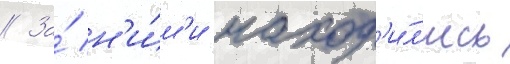
// За́ н'и́м'и наход'и́л'ись